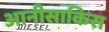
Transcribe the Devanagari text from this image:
आनीसाकिस